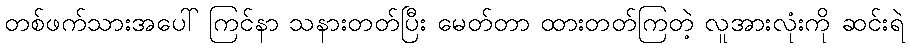
တစ်ဖက်သားအပေါ် ကြင်နာ သနားတတ်ပြီး မေတ်တာ ထားတတ်ကြတဲ့ လူအားလုံးကို ဆင်းရဲ